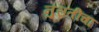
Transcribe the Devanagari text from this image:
नुस्रतींचा